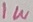
Text: 1W